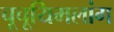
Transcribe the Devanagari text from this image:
चूचूयिमलांग